Report of the Municipal Commissioner on the plague in Bombay for the year ending 31st May... - Volume 3
Disease focus: Plague
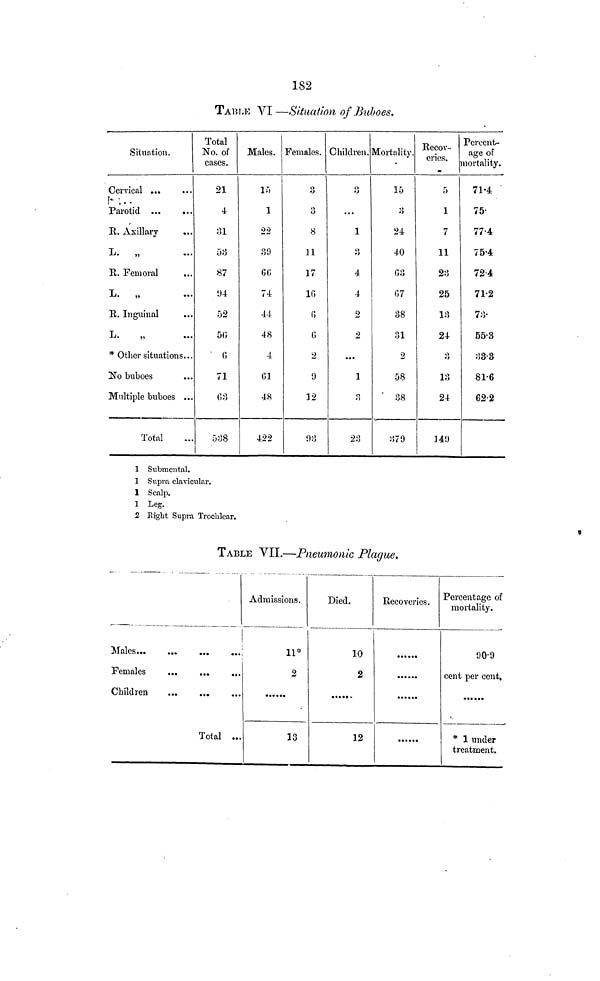
182
TABLE VI —Situation of Buboes.
Situation.
Cervical ...
Parotid
R. Axillary
L.
„
R. Femoral
L.
„
R. Inguinal
L.
* Other situations...
No buboes
Multiple buboes ...
Total
Total
No. of
cases.
21
4
31
53
87
94
52
50
6
71
63
538
Males.
15
1
22
39
66
74
44
48
4
61
48
422
Females.
0
3
8
11
17
10
0
6
2
9
12
93
Children.
o
...
1
4
4
2
2
...
1
3
23
Mortality.
15
24
40
63
07
38
31
2
58
' 38
379
Recov-
eries.
5
1
7
11
23
25
13
24
3
•J
13
24
149
Percent-
age of
mortality.
71.4
75.
77.4
75.4.
72.4
71.2
73
55.3
33.3
81.6
62.2
1 Submental.
1 Supra clavicular.
1 Scalp.
1 Leg.
2 Right Supra Trochlear.
TABLE VII.—Pneumonic Plague.
Females
Total ...
Admissions.
11*
2
13
Died.
10
2
12
Recoveries. Percentage of
mortality.
90.9
cent per cent.
* 1 under
treatment.